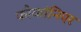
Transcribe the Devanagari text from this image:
फौकांनिएर